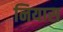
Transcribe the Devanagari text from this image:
नियास